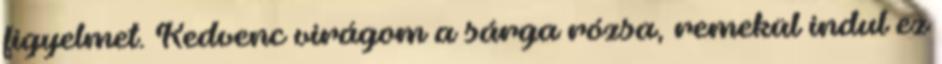
figyelmet. Kedvenc virágom a sárga rózsa, remekül indul ez